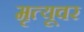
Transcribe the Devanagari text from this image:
मृत्‍यूवर